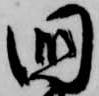
国